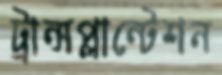
ট্রান্সপ্লান্টেশন